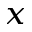
_ x